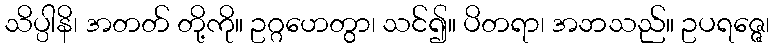
သိပ္ပါနိ၊ အတတ် တို့ကို။ ဥဂ္ဂဟေတွာ၊ သင်၍။ ပိတရာ၊ အဘသည်။ ဥပရဇ္ဇေ၊